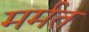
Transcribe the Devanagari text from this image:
मर्मत